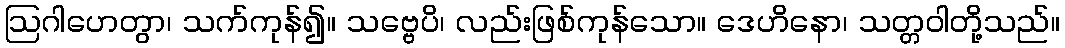
ဩဂါဟေတွာ၊ သက်ကုန်၍။ သဗ္ဗေပိ၊ လည်းဖြစ်ကုန်သော။ ဒေဟိနော၊ သတ္တဝါတို့သည်။